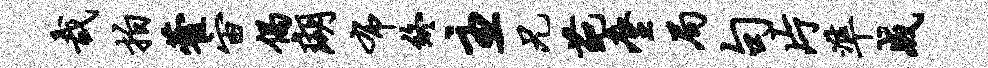
哉拍藿宙偈瑚布终主兄葩麈局句片准成